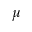
\mu